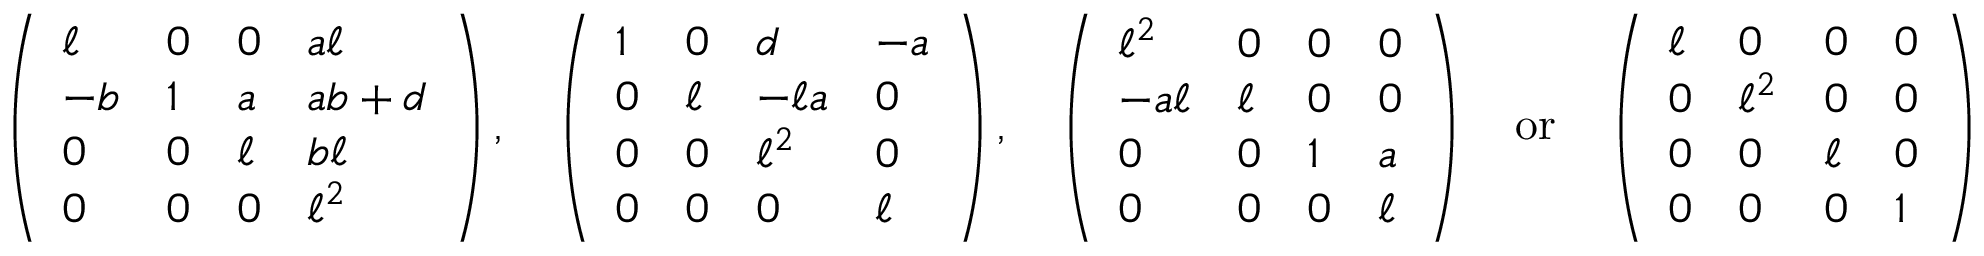
\left( \begin{array} { l l l l } { \ell } & { 0 } & { 0 } & { a \ell } \\ { - b } & { 1 } & { a } & { a b + d } \\ { 0 } & { 0 } & { \ell } & { b \ell } \\ { 0 } & { 0 } & { 0 } & { \ell ^ { 2 } } \end{array} \right) , \quad \left( \begin{array} { l l l l } { 1 } & { 0 } & { d } & { - a } \\ { 0 } & { \ell } & { - \ell a } & { 0 } \\ { 0 } & { 0 } & { \ell ^ { 2 } } & { 0 } \\ { 0 } & { 0 } & { 0 } & { \ell } \end{array} \right) , \quad \left( \begin{array} { l l l l } { \ell ^ { 2 } } & { 0 } & { 0 } & { 0 } \\ { - a \ell } & { \ell } & { 0 } & { 0 } \\ { 0 } & { 0 } & { 1 } & { a } \\ { 0 } & { 0 } & { 0 } & { \ell } \end{array} \right) \quad \mathrm { o r } \quad \left( \begin{array} { l l l l } { \ell } & { 0 } & { 0 } & { 0 } \\ { 0 } & { \ell ^ { 2 } } & { 0 } & { 0 } \\ { 0 } & { 0 } & { \ell } & { 0 } \\ { 0 } & { 0 } & { 0 } & { 1 } \end{array} \right)